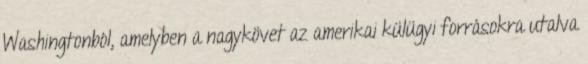
Washingtonból, amelyben a nagykövet az amerikai külügyi forrásokra utalva